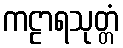
ကဠာရသုတ္တံ